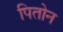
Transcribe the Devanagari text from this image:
पितोन